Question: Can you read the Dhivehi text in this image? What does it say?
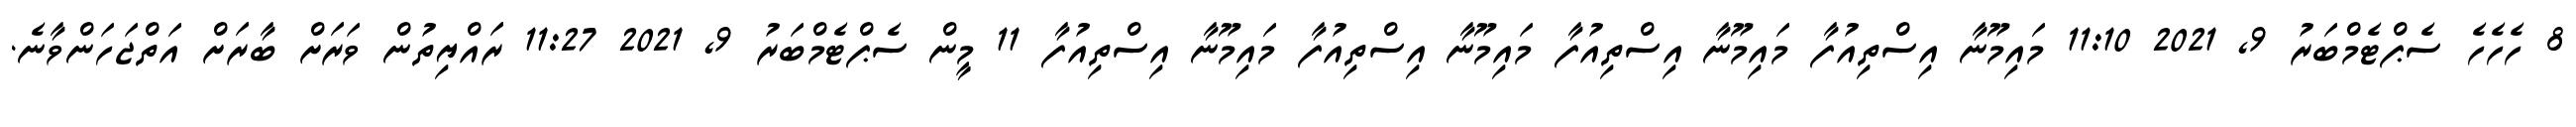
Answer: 8 ހެހެހެ ސެޕްޓެމްބަރު 9, 2021 11:10 މައިމޫނާ އިސްތިއުފާ މައިމޫނާ އިސްތިއުފާ މައިމޫނާ އިސްތިއުފާ މައިމޫނާ އިސްތިއުފާ 11 މީން ސެޕްޓެމްބަރު 9, 2021 11:27 ރައްޔިތުން ވަރަށް ބާރަށް އަތްޖަހަންވާނެ.